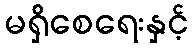
မရှိစေရေးနှင့်